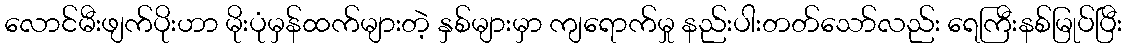
လောင်မီးဖျက်ပိုးဟာ မိုးပုံမှန်ထက်များတဲ့ နှစ်များမှာ ကျရောက်မှု နည်းပါးတတ်သော်လည်း ရေကြီးနစ်မြုပ်ပြီး